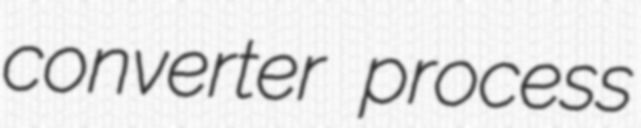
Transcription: converter process